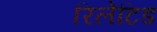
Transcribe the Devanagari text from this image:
रिलेटिड